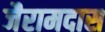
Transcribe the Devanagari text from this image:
जैरामदास